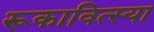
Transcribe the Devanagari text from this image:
रूकावित्स्या